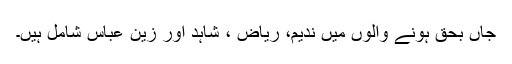
جاں بحق ہونے والوں میں ندیم، ریاض ، شاہد اور زین عباس شامل ہیں۔